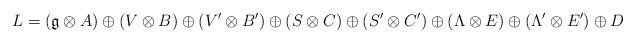
LaTeX: \begin{align*}L=(\mathfrak{g}\otimes A)\oplus(V\otimes B)\oplus(V'\otimes B')\oplus(S\otimes C)\oplus(S'\otimes C')\oplus(\Lambda\otimes E)\oplus(\Lambda'\otimes E')\oplus D\end{align*}